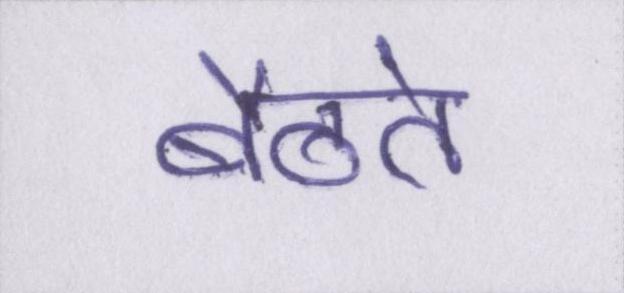
बैठते